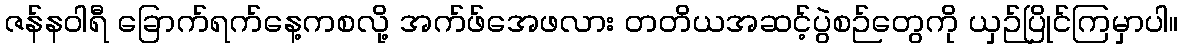
ဇန်နဝါရီ ခြောက်ရက်နေ့ကစလို့ အက်ဖ်အေဖလား တတိယအဆင့်ပွဲစဉ်တွေကို ယှဉ်ပြိုင်ကြမှာပါ။